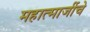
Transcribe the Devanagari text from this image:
महात्माजींचे